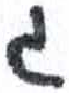
אות: ג